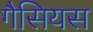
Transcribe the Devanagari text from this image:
गैसियस